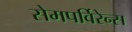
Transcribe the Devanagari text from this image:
सेमपर्विरेन्स